Eesti_Esindaja_Kaug-Idas_ja_Hiinas, lk 18
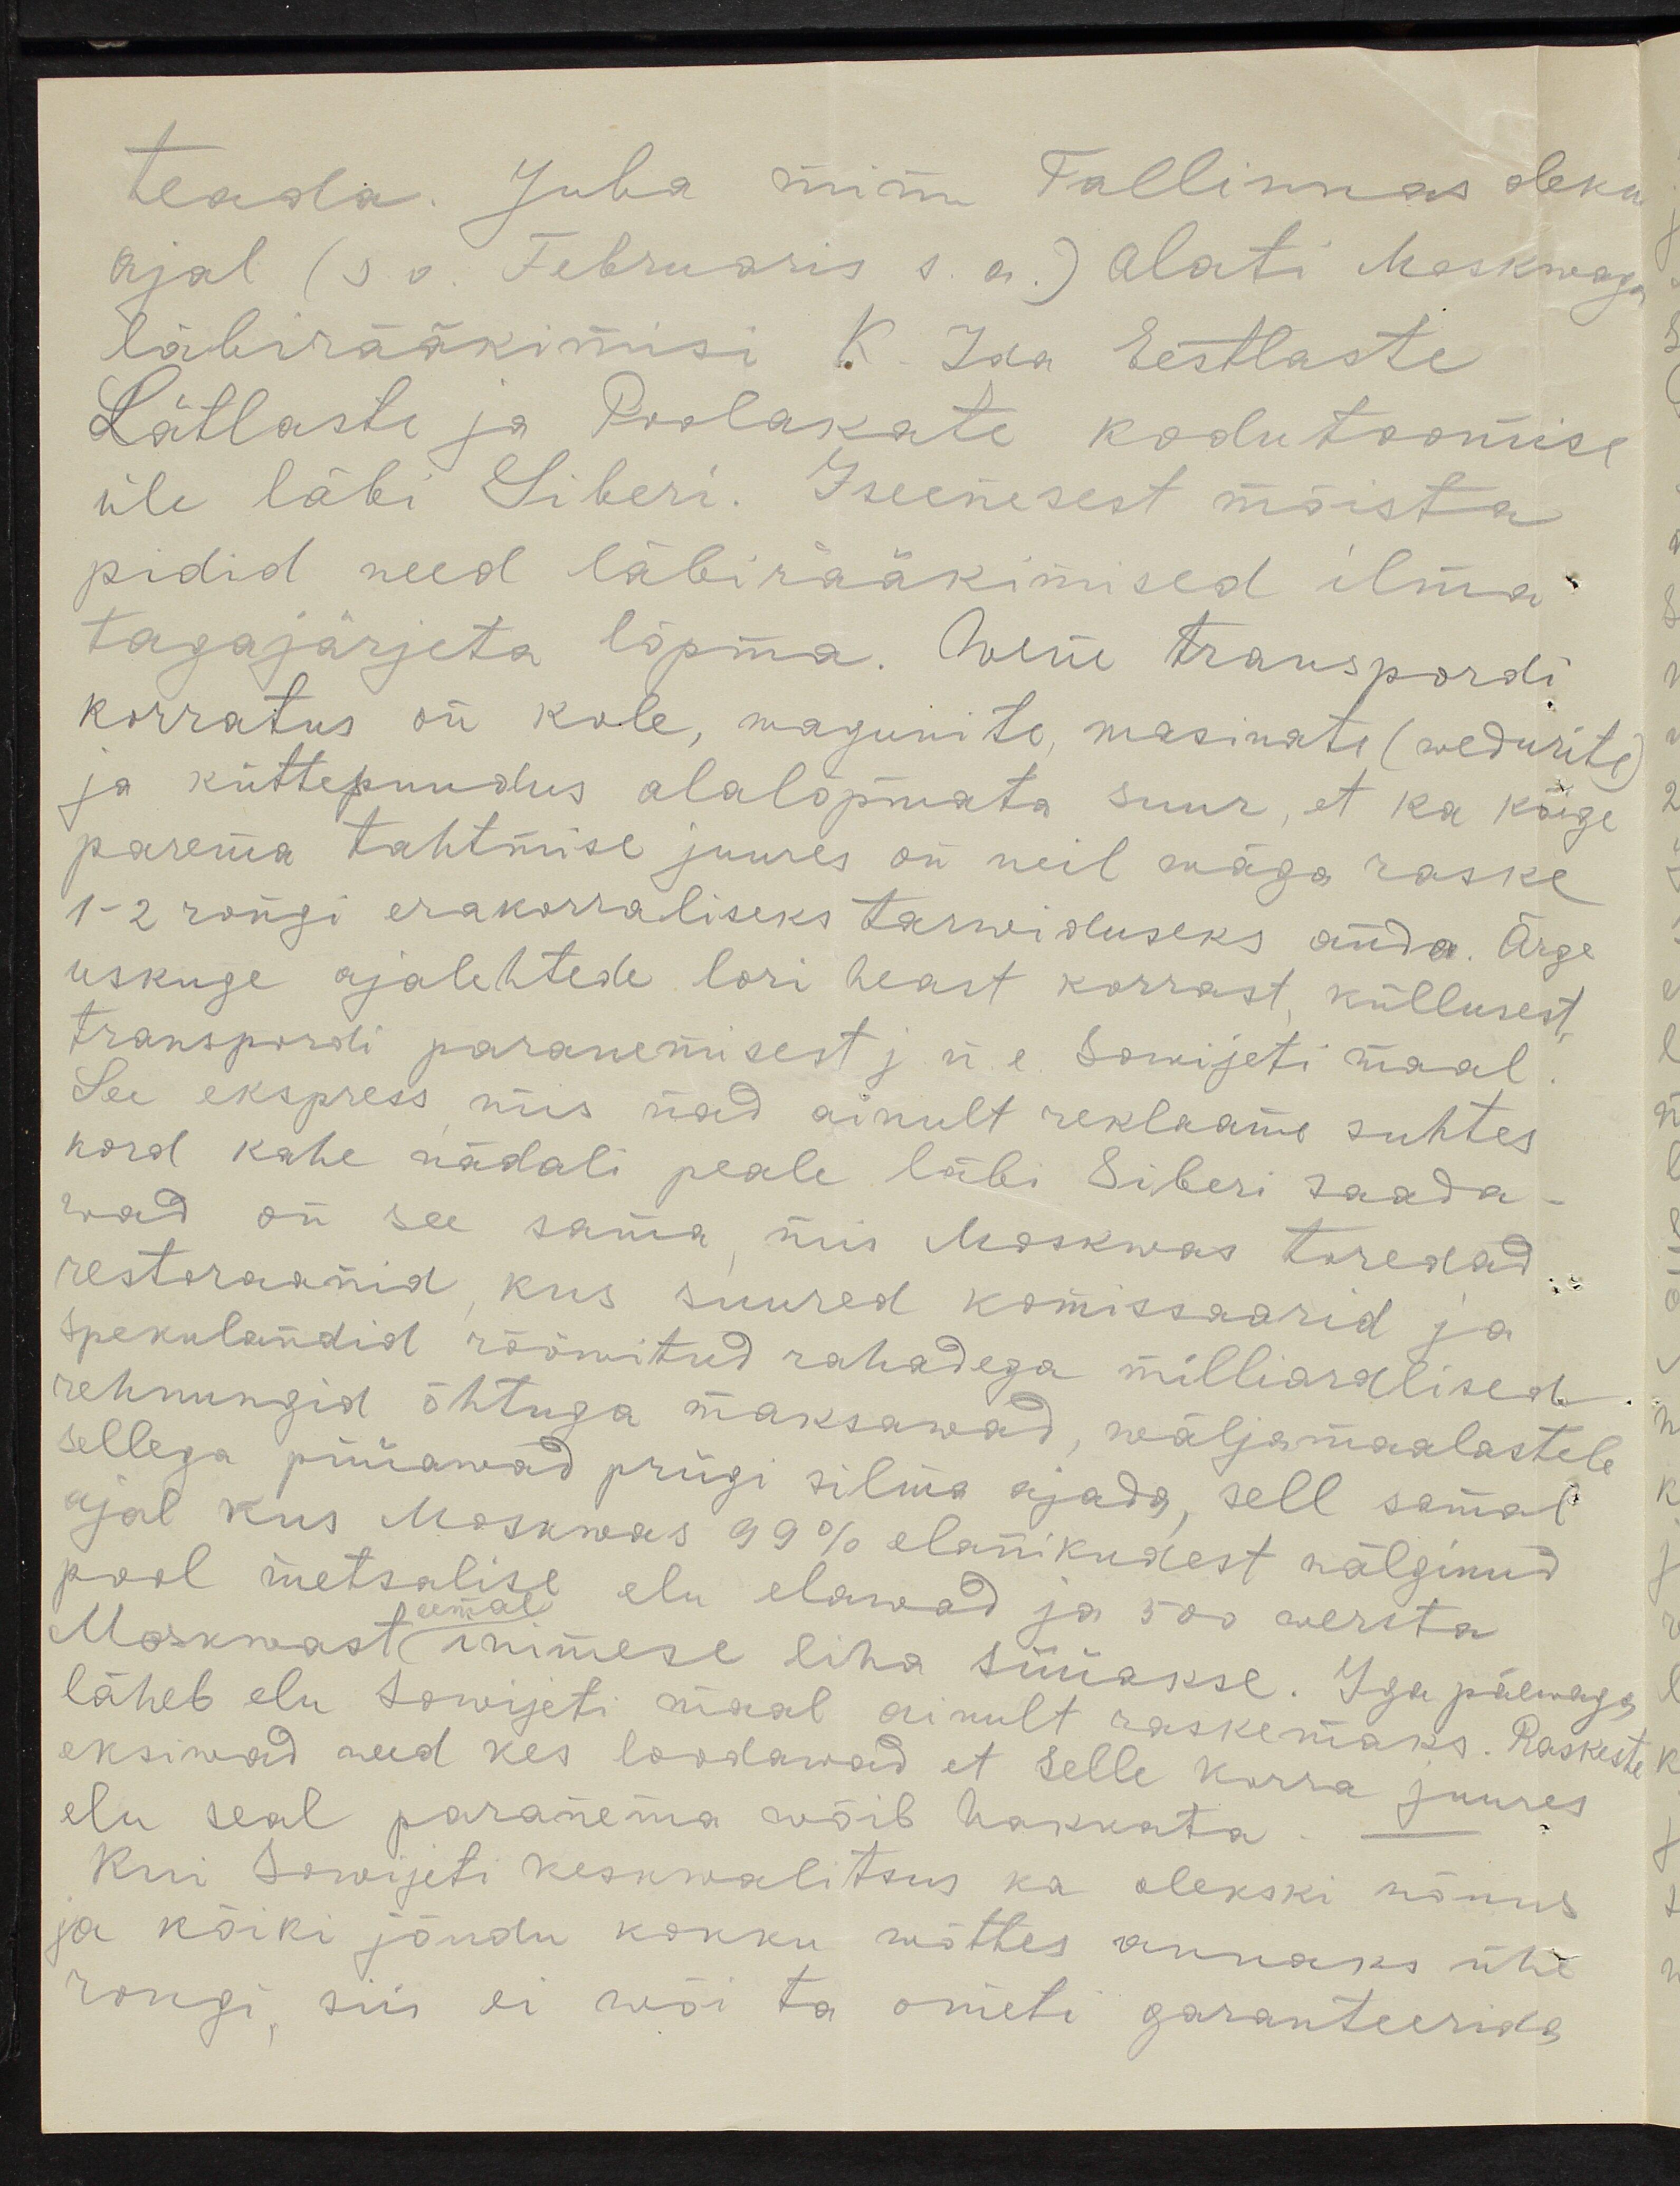
teada. Juba minu Tallinnas oleku
ajal (s. o. Februaris s. a.) alati Moskwaga
läbirääkimisi K-Ida Eestlaste
Lätlaste ja Poolakate kodutoomise
üle läbi Siberi. Iseenesest mõista
pidid need läbirääkimised ilma
tagajärjeta lõpma. Wene transpordi
korratus on kole, wagunite masinate (wedurite)
ja küttepuudus alalopmata suur, et ka kõige
parema tahtmise juures on neil wäga raske
1-2 rongi erakorraliseks tarwiduseks anda. Ärge
uskuge ajalehtede lori heast korrast küllusest
transpordi paranemisest j.n.e. Sowijeti maal
See ekspress mis nad ainult reklaame suhtes
kord kahe nädali peale läbi Siberi saada
wad on see sama mis Moskwas toredad
restoraanid, kus suured komissaarid ja
spekulandid rööwitud rahadega, milliardlised
rehnungid õhtuga maksawad, wäljamaalastele
Sellega püüawad prügi silma ajada sell samal
ajal kus Moskwas 99% elanikudest nälginud
pool metsalise elu elawad ja 500 wersta
eemal
Moskwast inimese liha süüakse. Iga päewaga
läheb elu Sowijeti maal ainult raskemaks. Raskesti
eksiwad need kes loodawad et selle korra juures
elu seal paranema wõib hakkata.
Kui Sowijeti keskwalitsus ka olekski nõuus
ja kõiki jõudu kokku wõttes annaks ühe
rongi, siis ei wõi ta ometi garanteerida